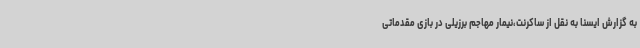
به گزارش ایسنا به نقل از ساکرنت،نیمار مهاجم برزیلی در بازی مقدماتی